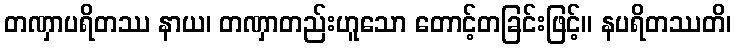
တဏှာပရိတဿ နာယ၊ တဏှာတည်းဟူသော တောင့်တခြင်းဖြင့်။ နပရိတဿတိ၊